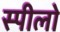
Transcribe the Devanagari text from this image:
स्पीलो